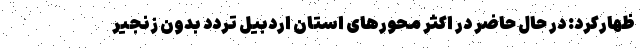
ظهارکرد: در حال حاضر در اکثر محورهای استان اردبیل تردد بدون زنجیر